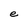
Character: e